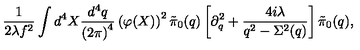
\frac { 1 } { 2 \lambda f ^ { 2 } } \int d ^ { 4 } X \frac { d ^ { 4 } q } { \left( 2 \pi \right) ^ { 4 } } \left( \varphi ( X ) \right) ^ { 2 } \tilde { \pi } _ { 0 } ( q ) \left[ \partial _ { q } ^ { 2 } + \frac { 4 i \lambda } { q ^ { 2 } - \Sigma ^ { 2 } ( q ) } \right] \tilde { \pi } _ { 0 } ( q ) ,